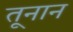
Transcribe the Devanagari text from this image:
तूनान